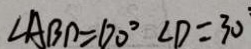
\angle A B D = 1 7 0 ^ { \circ } \angle D = 3 0 ^ { \circ }